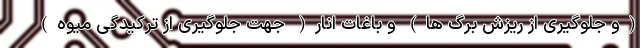
(و جلوگیری از ریزش برگ ها) و باغات انار( جهت جلوگیری از ترکیدگی میوه)